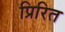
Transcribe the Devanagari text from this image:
प्रिरित